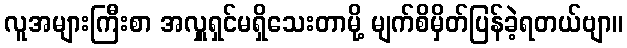
လူအများကြီးစာ အလှူရှင်မရှိသေးတာမို့ မျက်စိမှိတ်ပြန်ခဲ့ရတယ်ဗျာ။